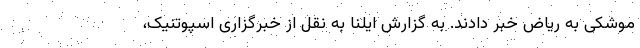
موشکی به ریاض خبر دادند. به گزارش ایلنا به نقل از خبرگزاری اسپوتنیک،